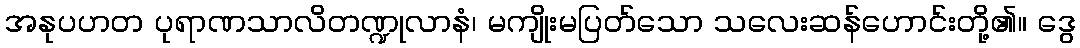
အနုပဟတ ပုရာဏသာလိတဏ္ဍုလာနံ၊ မကျိုးမပြတ်သော သလေးဆန်ဟောင်းတို့၏။ ဒွေ